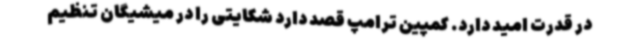
در قدرت امید دارد. کمپین ترامپ قصد دارد شکایتی را در میشیگان تنظیم